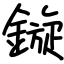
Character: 鏇